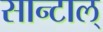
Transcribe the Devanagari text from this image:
सान्टाल्